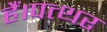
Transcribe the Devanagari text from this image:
हैं।पत्थर